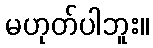
မဟုတ်ပါဘူး။